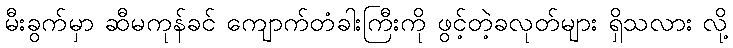
မီးခွက်မှာ ဆီမကုန်ခင် ကျောက်တံခါးကြီးကို ဖွင့်တဲ့ခလုတ်များ ရှိသလား လို့